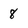
Character: 8